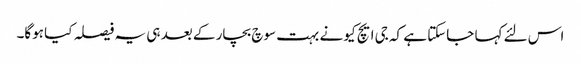
اس لئے کہا جاسکتا ہے کہ جی ایچ کیو نے بہت سوچ بچار کے بعد ہی یہ فیصلہ کیا ہوگا۔